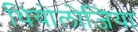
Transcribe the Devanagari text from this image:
थियोलोजिया